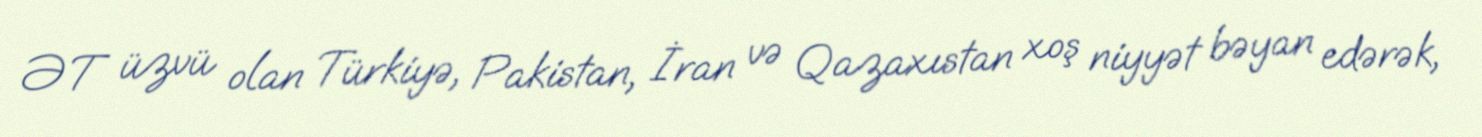
ƏT üzvü olan Türkiyə, Pakistan, İran və Qazaxıstan xoş niyyət bəyan edərək,